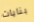
بنايات